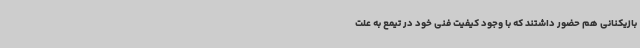
بازیکنانی هم حضور داشتند که با وجود کیفیت فنی خود در تیمع به علت